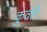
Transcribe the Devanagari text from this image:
कुर्वते